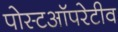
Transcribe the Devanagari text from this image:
पोस्टऑपरेटीव